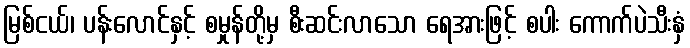
မြစ်ငယ်၊ ပန်းလောင်နှင့် စမှုန်တို့မှ စီးဆင်းလာသော ရေအားဖြင့် စပါး ကောက်ပဲသီးနှံ